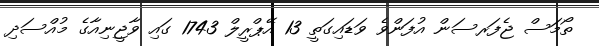
ތޯމަސް ޖެފަރސަން އުފަންވެ ވަޑައިގަތީ 13 އޭޕްރީލް 1743 ގައި ވާޖީނިއާގެ މުއްސަދި